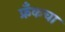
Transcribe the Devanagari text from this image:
फ्रँकचा